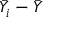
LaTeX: { \bar { Y } } _ { i } - { \bar { Y } }